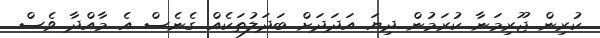
ކުރިން ޖޫރިމަނާ ކުރަމުން ދިޔަ އަދަދަށް ބަދަލުތަކެއް ގެނެސް އެ މާއްދާ ވެސް